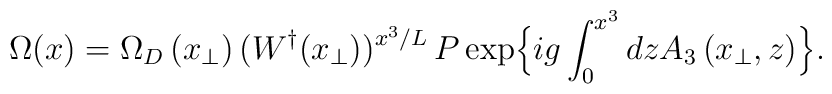
\Omega(x) = \Omega_{D}\left(x_{\perp}\right) (W^{\dagger}(x_{\perp}))^{x^{3}/L}  \,  P \exp\Bigl\{ig \int_{0}^{x^{3}} dz   A_{3}    \left(x_{\perp},z\right)\Bigr\} .